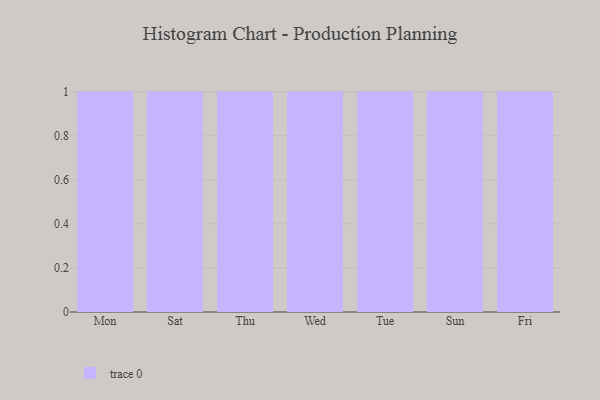
{"axis": {"x": "Day", "y": "Budget (USD K)"}, "legend": [""], "data": [{"x": "Mon", "y": 80, "type": ""}, {"x": "Sat", "y": 87, "type": ""}, {"x": "Thu", "y": 97, "type": ""}, {"x": "Wed", "y": 45, "type": ""}, {"x": "Tue", "y": 33, "type": ""}, {"x": "Sun", "y": 7, "type": ""}, {"x": "Fri", "y": 61, "type": ""}]}